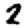
Digit: 2